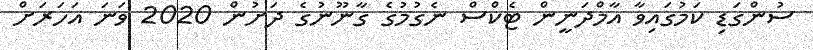
ސުންގަޑި ކަމުގައިވާ އާމްދަނީން ޓެކްސް ނެގުމުގެ ގާނޫނުގެ ދަށުން 2020 ވަނަ އަހަރަށް